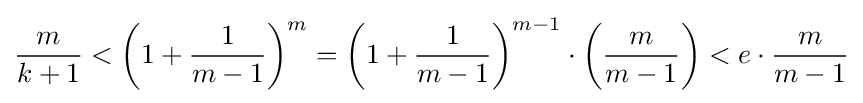
{\frac {m}{k+1}}<\left(1+{\frac {1}{m-1}}\right)^{m}=\left(1+{\frac {1}{m-1}}\right)^{m-1}\cdot \left({\frac {m}{m-1}}\right)<e\cdot {\frac {m}{m-1}}